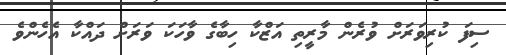
ސިފަ ކުރިވަރަށް ވުރެން މާރީތި އަޒްކާ ހިބާގެ ވާހަކަ ވަރަށް ދައްކާ އެހެންވެ